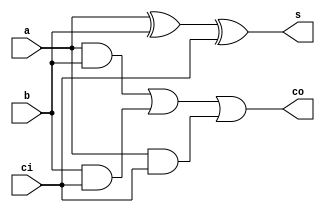
module adder1 (a,b,ci,co,s);
input a,b,ci;
output co,s;
assign s = a^b^ci;
assign co = (a&b) | (b&ci) | (a&ci);
endmodule

module adder8 (a,b,ci,co,s);
input [7:0] a,b;
input ci;
output co;
output [7:0] s;
genvar i;
wire [8:0] c;
assign c[0] = ci;
for(i=0;i<8;i=i+1)
begin
	adder1 Fa(a[i],b[i],c[i],c[i+1],s[i]);
end 	
 assign co = c[8];
endmodule